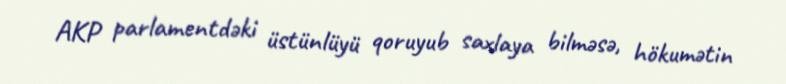
AKP parlamentdəki üstünlüyü qoruyub saxlaya bilməsə, hökumətin